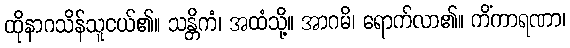
ထိုနာဂသိန်သူငယ်၏။ သန္တိကံ၊ အထံသို့။ အာဂမိ၊ ရောက်လာ၏။ ကိံကာရဏာ၊